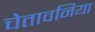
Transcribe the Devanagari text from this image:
चेतावनिया